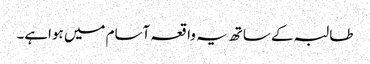
طالبہ کے ساتھ یہ واقعہ آسام میں ہواہے۔